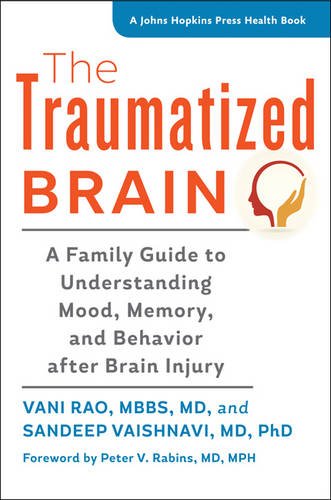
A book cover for The Traumatized Brain: A Family Guide to Understanding Mood, Memory, and Behavior after Brain Injury (A Johns Hopkins Press Health Book); Vani Rao; Health, Fitness & Dieting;